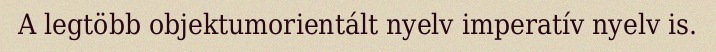
A legtöbb objektumorientált nyelv imperatív nyelv is.